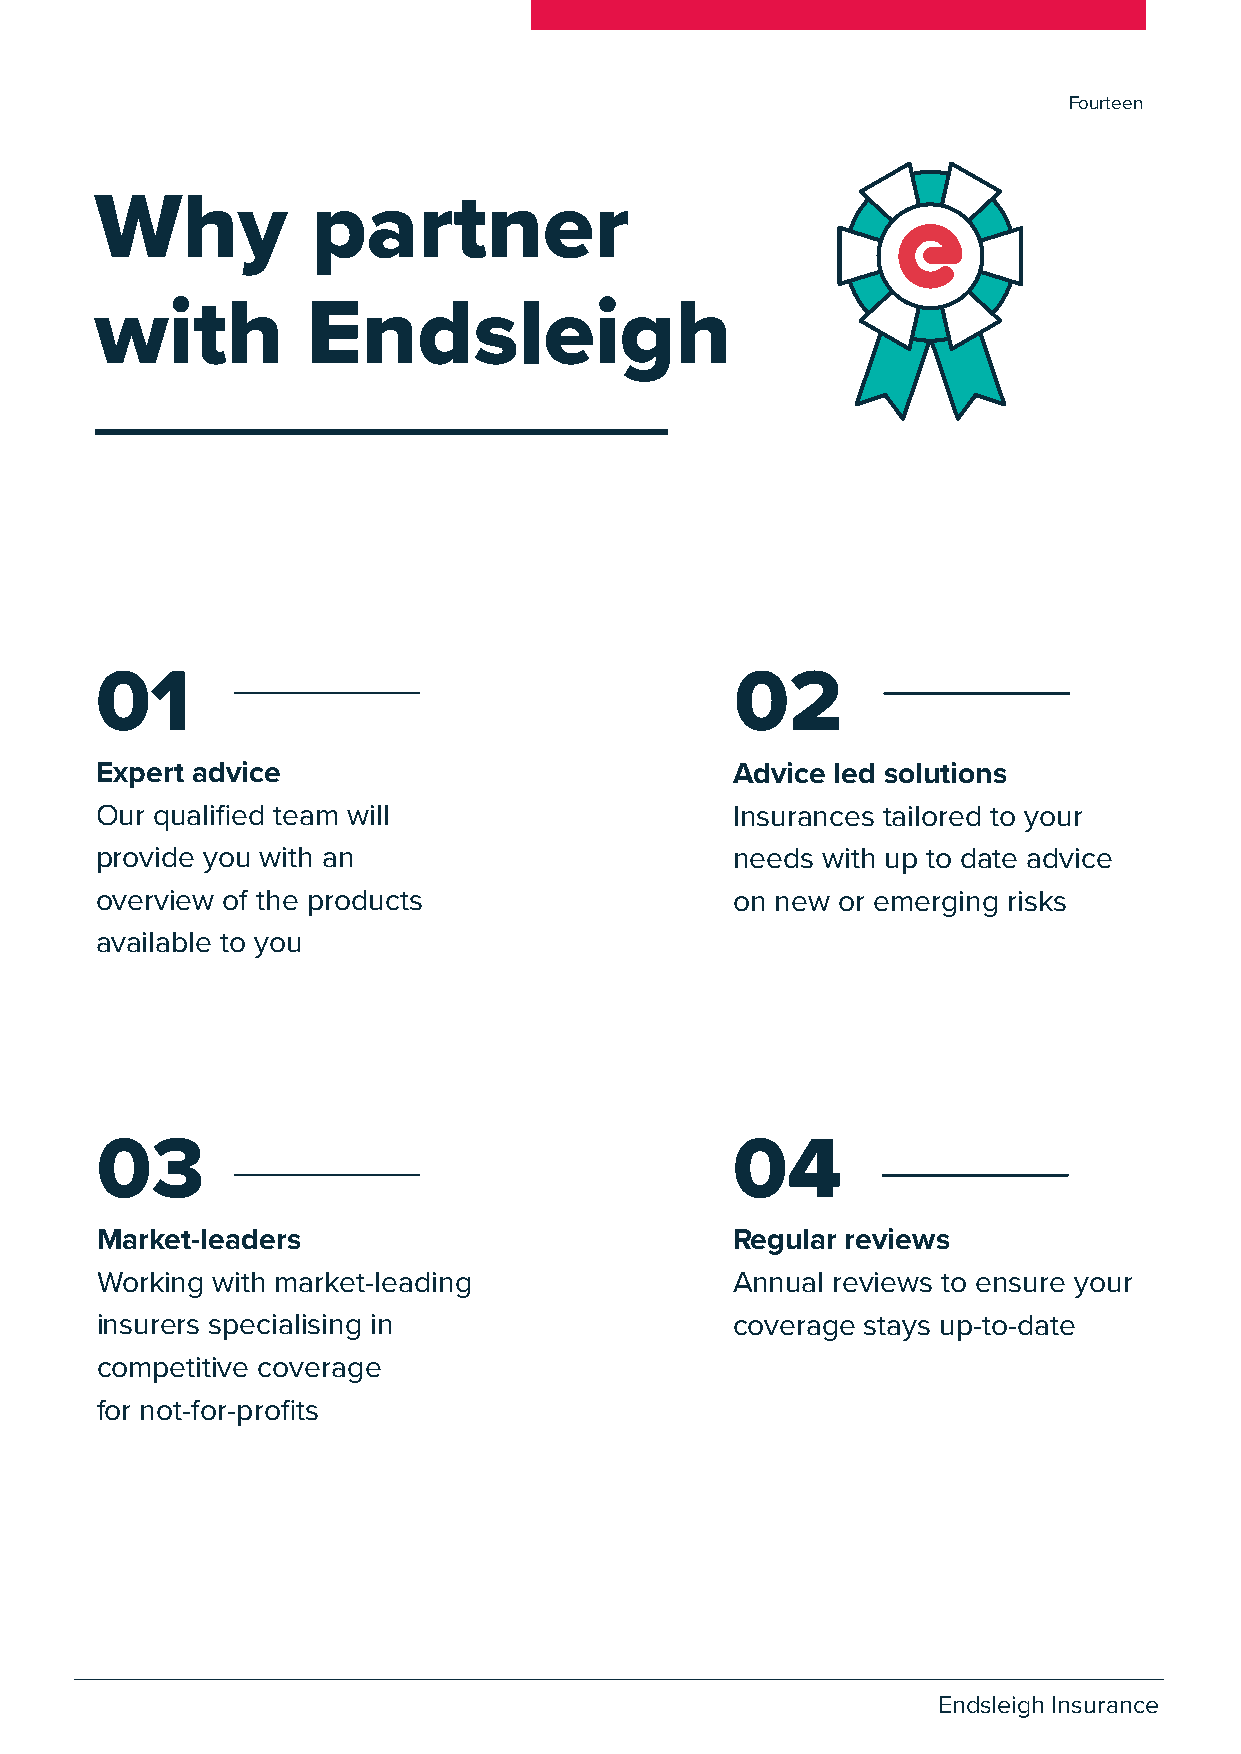
Fourteen
 Why            partner
 with          Endsleigh
 01                                         02
 Expert advice                              Advice led solutions
 Our qualified team will                    Insurances tailored to your
 provide you with an                        needs with up to date advice
 overview of the products                   on new or emerging risks
 available to you
 03                                        04
 Market-leaders                            Regular reviews
 Working with market-leading               Annual reviews to ensure your
 insurers specialising in                  coverage stays up-to-date
 competitive coverage
 for not-for-profits
 Endsleigh Insurance